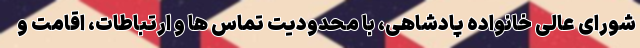
شورای عالی خانواده پادشاهی، با محدودیت تماس ها و ارتباطات، اقامت و